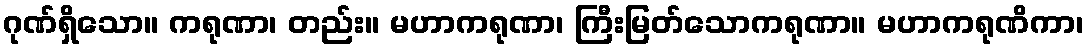
ဂုဏ်ရှိသော။ ကရုဏာ၊ တည်း။ မဟာကရုဏာ၊ ကြီးမြတ်သောကရုဏာ။ မဟာကရုဏိကာ၊